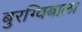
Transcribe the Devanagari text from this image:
बुरग्विबाला